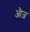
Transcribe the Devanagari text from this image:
औज़